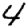
Digit: 4